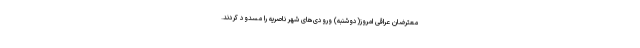
معترضان عراقی امروز(دوشنبه) ورودی‌های شهر ناصریه را مسدود کردند.